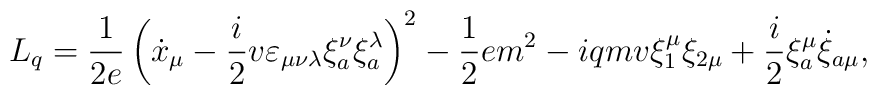
L_q = \frac{1}{2e}\left(\dot{x}_\mu - \frac{i}{2} v \varepsilon_{\mu\nu\lambda}\xi^\nu_a \xi^\lambda_a \right)^2 - \frac{1}{2}e m^2 - i q m v \xi_1^\mu\xi_{2\mu}+ \frac{i}{2} \xi_a^\mu \dot{\xi}_{a\mu},